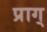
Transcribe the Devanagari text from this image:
प्राग्‌